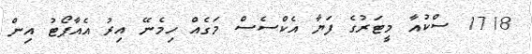
1718 ސްކުއާ މީޓަރުގެ ފަޔާ އެކްސެސް މަގެއް ހިމެނޭ އިރު އެއާޕޯޓު އިން